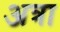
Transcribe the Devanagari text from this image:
अत्रा